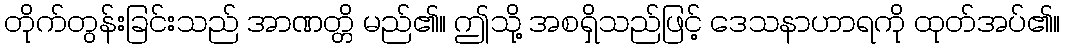
တိုက်တွန်းခြင်းသည် အာဏတ္တိ မည်၏။ ဤသို့ အစရှိသည်ဖြင့် ဒေသနာဟာရကို ထုတ်အပ်၏။